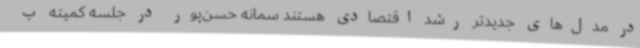
در مدل‌های جدیدتر رشد اقتصادی هستند سمانه حسن‌پور در جلسه کمیته ب